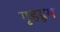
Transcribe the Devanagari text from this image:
गृहद्रुम